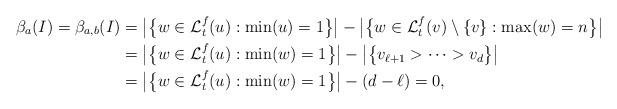
LaTeX: \begin{align*}\beta_{a}(I)=\beta_{a,b}(I)&=\big|\big\{ w\in\mathcal{L}_t^f(u):\min(u)=1\big\}\big|-\big|\big\{w\in\mathcal{L}_t^f(v)\setminus\{v\}:\max(w)=n\big\}\big|\\&=\big|\big\{ w\in\mathcal{L}_t^f(u):\min(w)=1\big\}\big|-\big|\big\{v_{\ell+1}>\dots>v_d\big\}\big|\\&=\big|\big\{ w\in\mathcal{L}_t^f(u):\min(w)=1\big\}\big|-(d-\ell)=0,\end{align*}